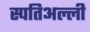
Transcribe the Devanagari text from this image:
स्पतिअल्ली